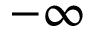
- \infty